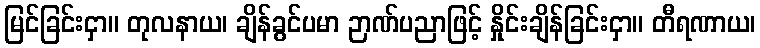
မြင်ခြင်းငှာ။ တုလနာယ၊ ချိန်ခွင်ပမာ ဉာဏ်ပညာဖြင့် နှိုင်းချိန်ခြင်းငှာ။ တီရဏာယ၊